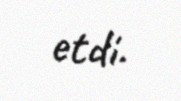
etdi.